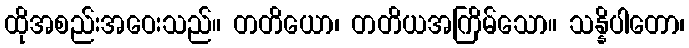
ထိုအစည်းအဝေးသည်။ တတိယော၊ တတိယအကြိမ်သော။ သန္နိပါတော၊